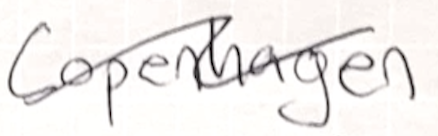
Text: Copenhagen
Cross-out: mix
Writing tool: ballpoint